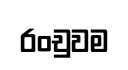
රංචුවම